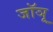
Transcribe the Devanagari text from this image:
जॉञू